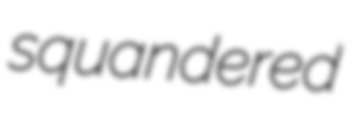
squandered